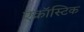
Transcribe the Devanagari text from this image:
एक्रॉस्टिक